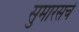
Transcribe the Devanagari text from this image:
सुमारसचे